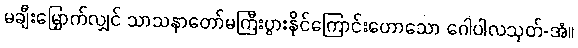
မချီးမြှောက်လျှင် သာသနာတော်မကြီးပွားနိုင်ကြောင်းဟောသော ဂေါပါလသုတ်-အံ။